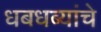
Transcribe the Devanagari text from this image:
धबधब्यांचे